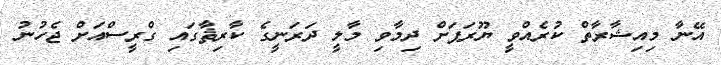
އޭނާ މިއިޝާރާތް ކުރެއްވީ ޔޫރަޕަށް ދިމާވި މާލީ ދަރަނީގެ ކާރިޘާގައި ގްރީސްއަށް ޖެހުނު